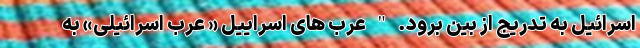
اسرائیل به تدریج از بین برود. " عرب های اسراییل « عرب اسرائیلی» به